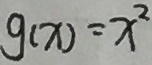
g ( x ) = x ^ { 2 }